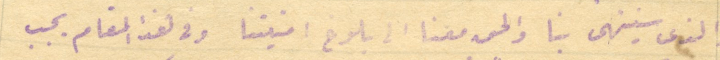
والذى سينتهى بنا والحق معنا الى بلوغ امنيتنا وفى هذا المقام يجب